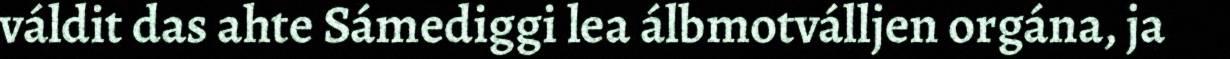
váldit das ahte Sámediggi lea álbmotválljen orgána, ja